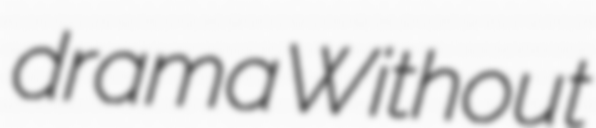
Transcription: drama Without